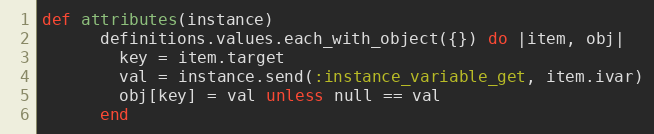
Language: Ruby
def attributes(instance)
      definitions.values.each_with_object({}) do |item, obj|
        key = item.target
        val = instance.send(:instance_variable_get, item.ivar)
        obj[key] = val unless null == val
      end